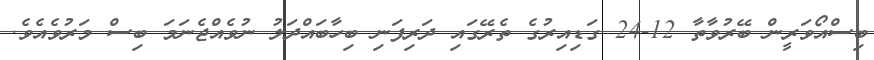
ބިސްއޯވަރީން ބޭރުވާތާ 12-24 ގަޑިއިރުގެ ތެރޭގައި ދަރިފަނި ބިހާބައްދަލު ނުވެއްޖެނަމަ ބިސް މަރުވެއެވެ.